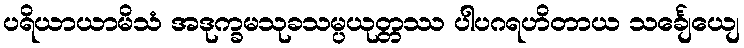
ပရိယာယာမိသံ အဒုက္ခမသုခသမ္ပယုတ္တဿ ပါပဂရဟိတာယ သင်္ချေယျေ